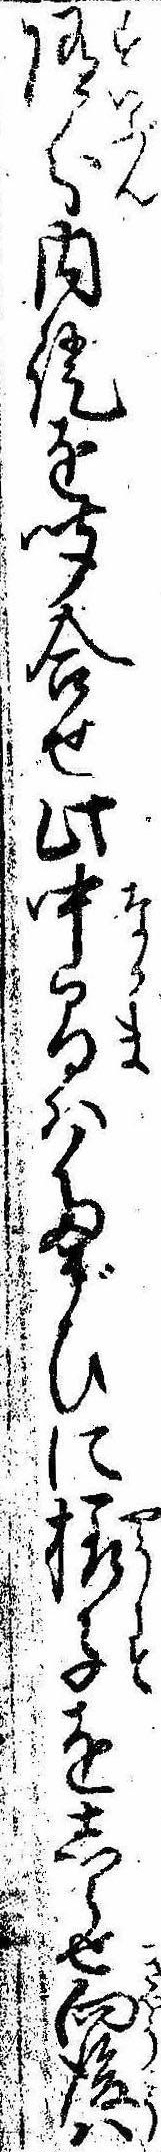
随分内証を聞合せ此中間はたがひに様子をしらせ向後は